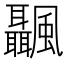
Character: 𩙝